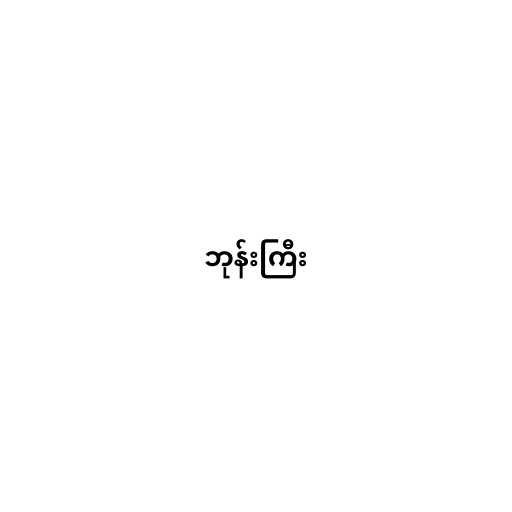
ဘုန်းကြီး